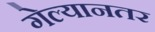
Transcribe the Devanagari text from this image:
गेल्यानतर